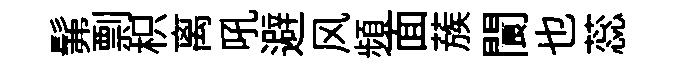
髴剽枳离吼避风頻面蔟閬也蕊